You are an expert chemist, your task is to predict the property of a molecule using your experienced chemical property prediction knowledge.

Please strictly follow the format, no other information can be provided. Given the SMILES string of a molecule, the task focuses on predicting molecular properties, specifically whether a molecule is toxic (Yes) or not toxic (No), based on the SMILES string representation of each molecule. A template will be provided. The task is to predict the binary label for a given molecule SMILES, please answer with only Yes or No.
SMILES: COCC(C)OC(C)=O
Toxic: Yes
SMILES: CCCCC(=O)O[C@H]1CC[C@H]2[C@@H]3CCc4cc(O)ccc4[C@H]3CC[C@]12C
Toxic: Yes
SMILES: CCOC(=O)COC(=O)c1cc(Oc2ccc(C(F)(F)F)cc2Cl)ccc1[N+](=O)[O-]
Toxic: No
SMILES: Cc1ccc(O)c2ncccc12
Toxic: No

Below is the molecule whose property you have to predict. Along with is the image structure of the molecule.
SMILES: O=C1c2c(O)cccc2Cc2cccc(O)c21
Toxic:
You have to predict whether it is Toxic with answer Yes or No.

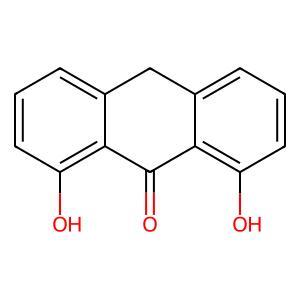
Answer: No